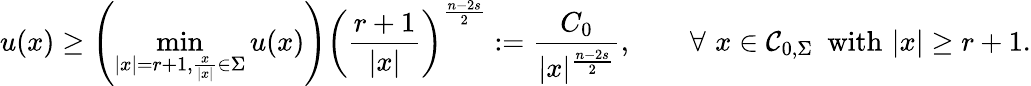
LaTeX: u(x)\geq\left(\operatorname*{min}_{|x|=r+1,\frac{x}{|x|}\in\Sigma}u(x)\right)\left(\frac{r+1}{|x|}\right)^{\frac{n-2s}{2}}:=\frac{C_{0}}{|x|^{\frac{n-2s}{2}}},\quad\quad\forall\, \, x\in\mathcal C_{0,\Sigma}\ \ \mathrm{with}\, \, |x|\geq r+1.